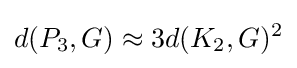
d(P_{3},G)\approx 3d(K_{2},G)^{2}